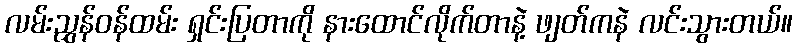
လမ်းညွှန်ဝန်ထမ်း ရှင်းပြတာကို နားထောင်လိုက်တာနဲ့ ဖျတ်ကနဲ လင်းသွားတယ်။